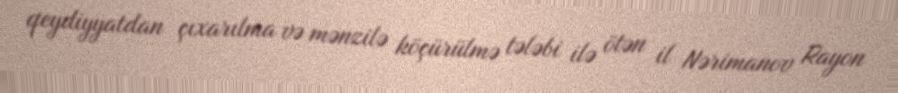
qeydiyyatdan çıxarılma və mənzilə köçürülmə tələbi ilə ötən il Nərimanov Rayon